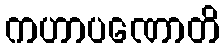
ကဟာပဏောတိ